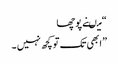
“ میںنے پوچھا
” ابھی تک تو کچھ نہیں ۔